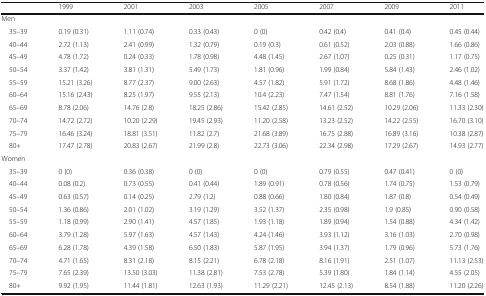
<table><thead><tr><td></td><td><b>1999</b></td><td><b>2001</b></td><td><b>2003</b></td><td><b>2005</b></td><td><b>2007</b></td><td><b>2009</b></td><td><b>2011</b></td></tr></thead><tbody><tr><td colspan="8">Men</td></tr><tr><td> 35–39</td><td>0.19 (0.31)</td><td>1.11 (0.74)</td><td>0.33 (0.43)</td><td>0 (0)</td><td>0.42 (0.4)</td><td>0.41 (0.4)</td><td>0.45 (0.44)</td></tr><tr><td> 40–44</td><td>2.72 (1.13)</td><td>2.41 (0.99)</td><td>1.32 (0.79)</td><td>0.19 (0.3)</td><td>0.61 (0.52)</td><td>2.03 (0.88)</td><td>1.66 (0.86)</td></tr><tr><td> 45–49</td><td>4.78 (1.72)</td><td>0.24 (0.33)</td><td>1.78 (0.98)</td><td>4.48 (1.45)</td><td>2.67 (1.07)</td><td>0.25 (0.31)</td><td>1.17 (0.75)</td></tr><tr><td> 50–54</td><td>3.37 (1.42)</td><td>3.81 (1.31)</td><td>5.49 (1.73)</td><td>1.81 (0.96)</td><td>1.99 (0.84)</td><td>5.84 (1.43)</td><td>2.46 (1.02)</td></tr><tr><td> 55–59</td><td>15.21 (3.26)</td><td>8.77 (2.37)</td><td>9.00 (2.63)</td><td>4.57 (1.82)</td><td>5.91 (1.72)</td><td>8.68 (1.86)</td><td>4.48 (1.46)</td></tr><tr><td> 60–64</td><td>15.16 (2.43)</td><td>8.25 (1.97)</td><td>9.55 (2.13)</td><td>10.4 (2.23)</td><td>7.47 (1.54)</td><td>8.81 (1.76)</td><td>7.16 (1.58)</td></tr><tr><td> 65–69</td><td>8.78 (2.06)</td><td>14.76 (2.8)</td><td>18.25 (2.86)</td><td>15.42 (2.85)</td><td>14.61 (2.52)</td><td>10.29 (2.06)</td><td>11.33 (2.30)</td></tr><tr><td> 70–74</td><td>14.72 (2.72)</td><td>10.20 (2.29)</td><td>19.45 (2.93)</td><td>11.20 (2.58)</td><td>13.23 (2.52)</td><td>14.22 (2.55)</td><td>16.70 (3.10)</td></tr><tr><td> 75–79</td><td>16.46 (3.24)</td><td>18.81 (3.51)</td><td>11.82 (2.7)</td><td>21.68 (3.89)</td><td>16.75 (2.88)</td><td>16.89 (3.16)</td><td>10.38 (2.87)</td></tr><tr><td> 80+</td><td>17.47 (2.78)</td><td>20.83 (2.67)</td><td>21.99 (2.8)</td><td>22.73 (3.06)</td><td>22.34 (2.98)</td><td>17.29 (2.67)</td><td>14.93 (2.77)</td></tr><tr><td colspan="8">Women</td></tr><tr><td> 35–39</td><td>0 (0)</td><td>0.36 (0.38)</td><td>0 (0)</td><td>0 (0)</td><td>0.79 (0.55)</td><td>0.47 (0.41)</td><td>0 (0)</td></tr><tr><td> 40–44</td><td>0.08 (0.2)</td><td>0.73 (0.55)</td><td>0.41 (0.44)</td><td>1.89 (0.91)</td><td>0.78 (0.56)</td><td>1.74 (0.75)</td><td>1.53 (0.79)</td></tr><tr><td> 45–49</td><td>0.63 (0.57)</td><td>0.14 (0.25)</td><td>2.79 (1.2)</td><td>0.88 (0.66)</td><td>1.80 (0.84)</td><td>1.87 (0.8)</td><td>0.54 (0.49)</td></tr><tr><td> 50–54</td><td>1.36 (0.86)</td><td>2.01 (1.02)</td><td>3.19 (1.29)</td><td>3.52 (1.37)</td><td>2.35 (0.98)</td><td>1.9 (0.85)</td><td>0.90 (0.58)</td></tr><tr><td> 55–59</td><td>1.18 (0.99)</td><td>2.90 (1.41)</td><td>4.57 (1.85)</td><td>1.93 (1.18)</td><td>1.89 (0.94)</td><td>1.54 (0.88)</td><td>4.34 (1.42)</td></tr><tr><td> 60–64</td><td>3.79 (1.28)</td><td>5.97 (1.63)</td><td>4.57 (1.43)</td><td>4.24 (1.46)</td><td>3.93 (1.12)</td><td>3.16 (1.03)</td><td>2.70 (0.98)</td></tr><tr><td> 65–69</td><td>6.28 (1.78)</td><td>4.39 (1.58)</td><td>6.50 (1.83)</td><td>5.87 (1.95)</td><td>3.94 (1.37)</td><td>1.79 (0.96)</td><td>5.73 (1.76)</td></tr><tr><td> 70–74</td><td>4.71 (1.65)</td><td>8.31 (2.18)</td><td>8.15 (2.21)</td><td>6.78 (2.18)</td><td>8.16 (1.91)</td><td>2.51 (1.07)</td><td>11.13 (2.53)</td></tr><tr><td> 75–79</td><td>7.65 (2.39)</td><td>13.50 (3.03)</td><td>11.38 (2.81)</td><td>7.53 (2.78)</td><td>5.39 (1.80)</td><td>1.84 (1.14)</td><td>4.55 (2.05)</td></tr><tr><td> 80+</td><td>9.92 (1.95)</td><td>11.44 (1.81)</td><td>12.63 (1.93)</td><td>11.29 (2.21)</td><td>12.45 (2.13)</td><td>8.54 (1.88)</td><td>11.20 (2.26)</td></tr></tbody></table>